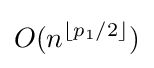
O(n^{\lfloor p_{1}/2\rfloor })